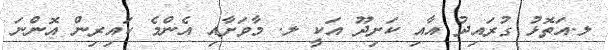
ލ.އަތޮޅު ގުރައިދު އާއި ކަށިދޫ އަކީ ލ. މާވަށާއި އެންމެ ކައިރިން އޮންނަ